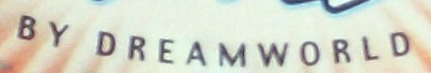
BY DREAMWORLD